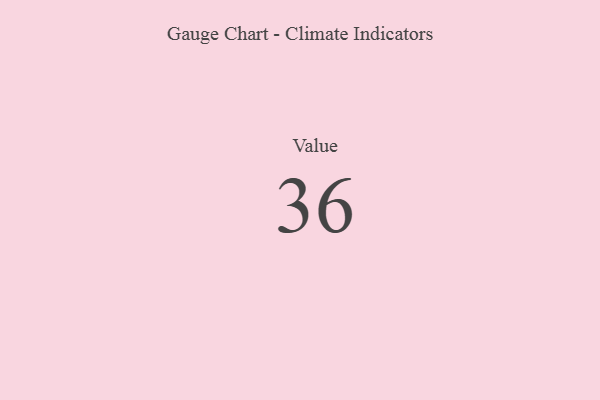
{"axis": {"x": "Metric", "y": "Value"}, "legend": [""], "data": [{"x": "Value", "y": 36, "type": ""}]}